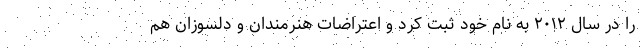
را در سال ۲۰۱۲ به نام خود ثبت کرد و اعتراضات هنرمندان و دلسوزان هم